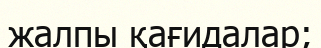
жалпы қағидалар;